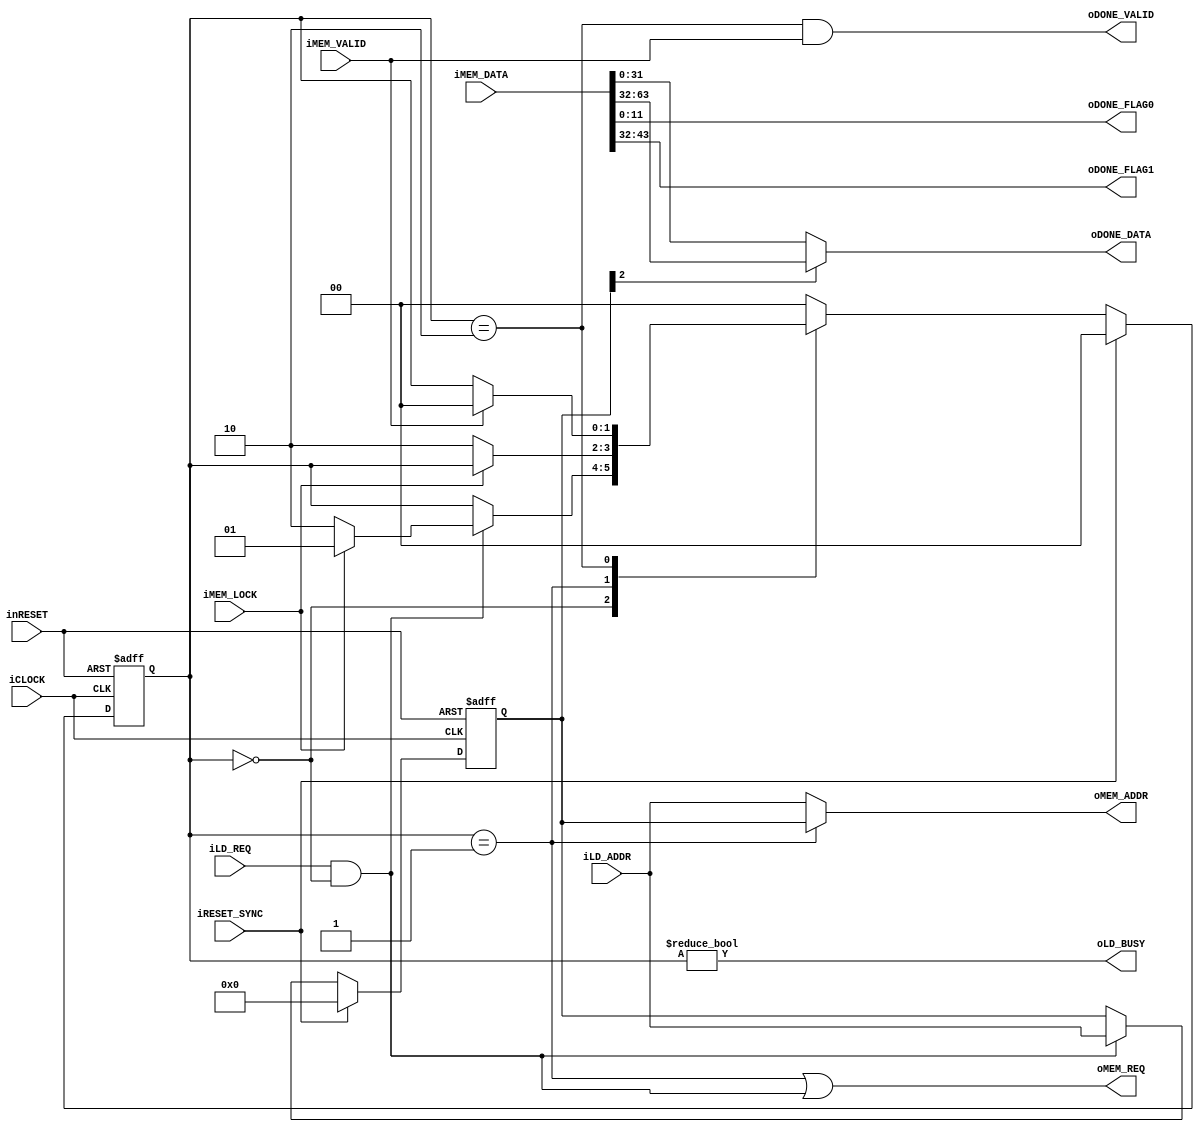
module mmu_table_load(
		input wire iCLOCK,
		input wire inRESET,
		input wire iRESET_SYNC,
		//Load Req
		input wire iLD_REQ,
		input wire [31:0] iLD_ADDR,
		output wire oLD_BUSY,
		//Memory Pipe - REQ
		output wire oMEM_REQ,
		input wire iMEM_LOCK,
		output wire [31:0] oMEM_ADDR,
		//Memory Pipe - ACK
		input wire iMEM_VALID,
		input wire [63:0] iMEM_DATA,
		//DONE
		output wire oDONE_VALID,
		output wire [31:0] oDONE_DATA,
		output wire [11:0] oDONE_FLAG0,
		output wire [11:0] oDONE_FLAG1
	);

	reg [1:0] b_main_state;
	reg [31:0] b_req_addr;

	localparam PL_MAIN_STT_IDLE = 2'h0;
	localparam PL_MAIN_STT_REQ = 2'h1;
	localparam PL_MAIN_STT_WAITING = 2'h2;


	wire latch_condition = iLD_REQ && (b_main_state == PL_MAIN_STT_IDLE);

	always@(posedge iCLOCK or negedge inRESET)begin
		if(!inRESET)begin
			b_req_addr <= 32'h0;
		end
		else if(iRESET_SYNC)begin
			b_req_addr <= 32'h0;
		end
		else begin
			if(latch_condition)begin
				b_req_addr <= iLD_ADDR;
			end
		end
	end

	always@(posedge iCLOCK or negedge inRESET)begin
		if(!inRESET)begin
			b_main_state <= PL_MAIN_STT_IDLE;
		end
		else if(iRESET_SYNC)begin
			b_main_state <= PL_MAIN_STT_IDLE;
		end
		else begin
			case(b_main_state)
				PL_MAIN_STT_IDLE:
					begin
						if(latch_condition)begin
							if(iMEM_LOCK)begin
								b_main_state <= PL_MAIN_STT_REQ;
							end
							else begin
								b_main_state <= PL_MAIN_STT_WAITING;
							end
						end
					end
				PL_MAIN_STT_REQ:
					begin
						if(!iMEM_LOCK)begin
							b_main_state <= PL_MAIN_STT_WAITING;
						end
					end
				PL_MAIN_STT_WAITING:
					begin
						if(iMEM_VALID)begin
							b_main_state <= PL_MAIN_STT_IDLE;
						end
					end
				default:
					begin
						b_main_state <= PL_MAIN_STT_IDLE;
					end
			endcase
		end
	end

	/*
	reg b_buff_valid;
	reg [31:0] b_buff_data;
	reg [11:0] b_buff_flag0;
	reg [11:0] b_buff_flag1;

	always@(posedge iCLOCK or negedge inRESET)begin
		b_buff_valid <= (b_main_state == PL_MAIN_STT_WAITING) && iMEM_VALID;
	end

	always@(posedge iCLOCK or negedge inRESET)begin
		b_buff_data <= (b_req_addr[2])? iMEM_DATA[63:32] : iMEM_DATA[31:0];
		b_buff_flag0 <= iMEM_DATA[11:0];
		b_buff_flag1 <= iMEM_DATA[43:32];
	end
	*/

	assign oLD_BUSY = (b_main_state != PL_MAIN_STT_IDLE);
	//Memory Pipe - REQ
	assign oMEM_REQ = (b_main_state == PL_MAIN_STT_REQ) || latch_condition;
	assign oMEM_ADDR = (b_main_state == PL_MAIN_STT_REQ)? b_req_addr : iLD_ADDR;
	//DONE

	assign oDONE_VALID = (b_main_state == PL_MAIN_STT_WAITING) && iMEM_VALID;
	assign oDONE_DATA = (b_req_addr[2])? iMEM_DATA[63:32] : iMEM_DATA[31:0];
	assign oDONE_FLAG0 = iMEM_DATA[11:0];
	assign oDONE_FLAG1 = iMEM_DATA[43:32];
	/*
	assign oDONE_VALID = b_buff_valid;
	assign oDONE_DATA = b_buff_data;
	assign oDONE_FLAG0 = b_buff_flag0;
	assign oDONE_FLAG1 = b_buff_flag1;
	*/


endmodule